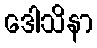
ဒေါသိနာ